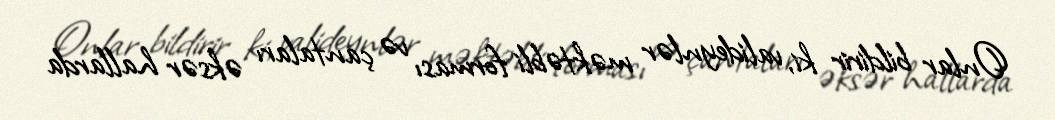
Onlar bildirir ki, valideynlər məktəbli forması və çantaları əksər hallarda